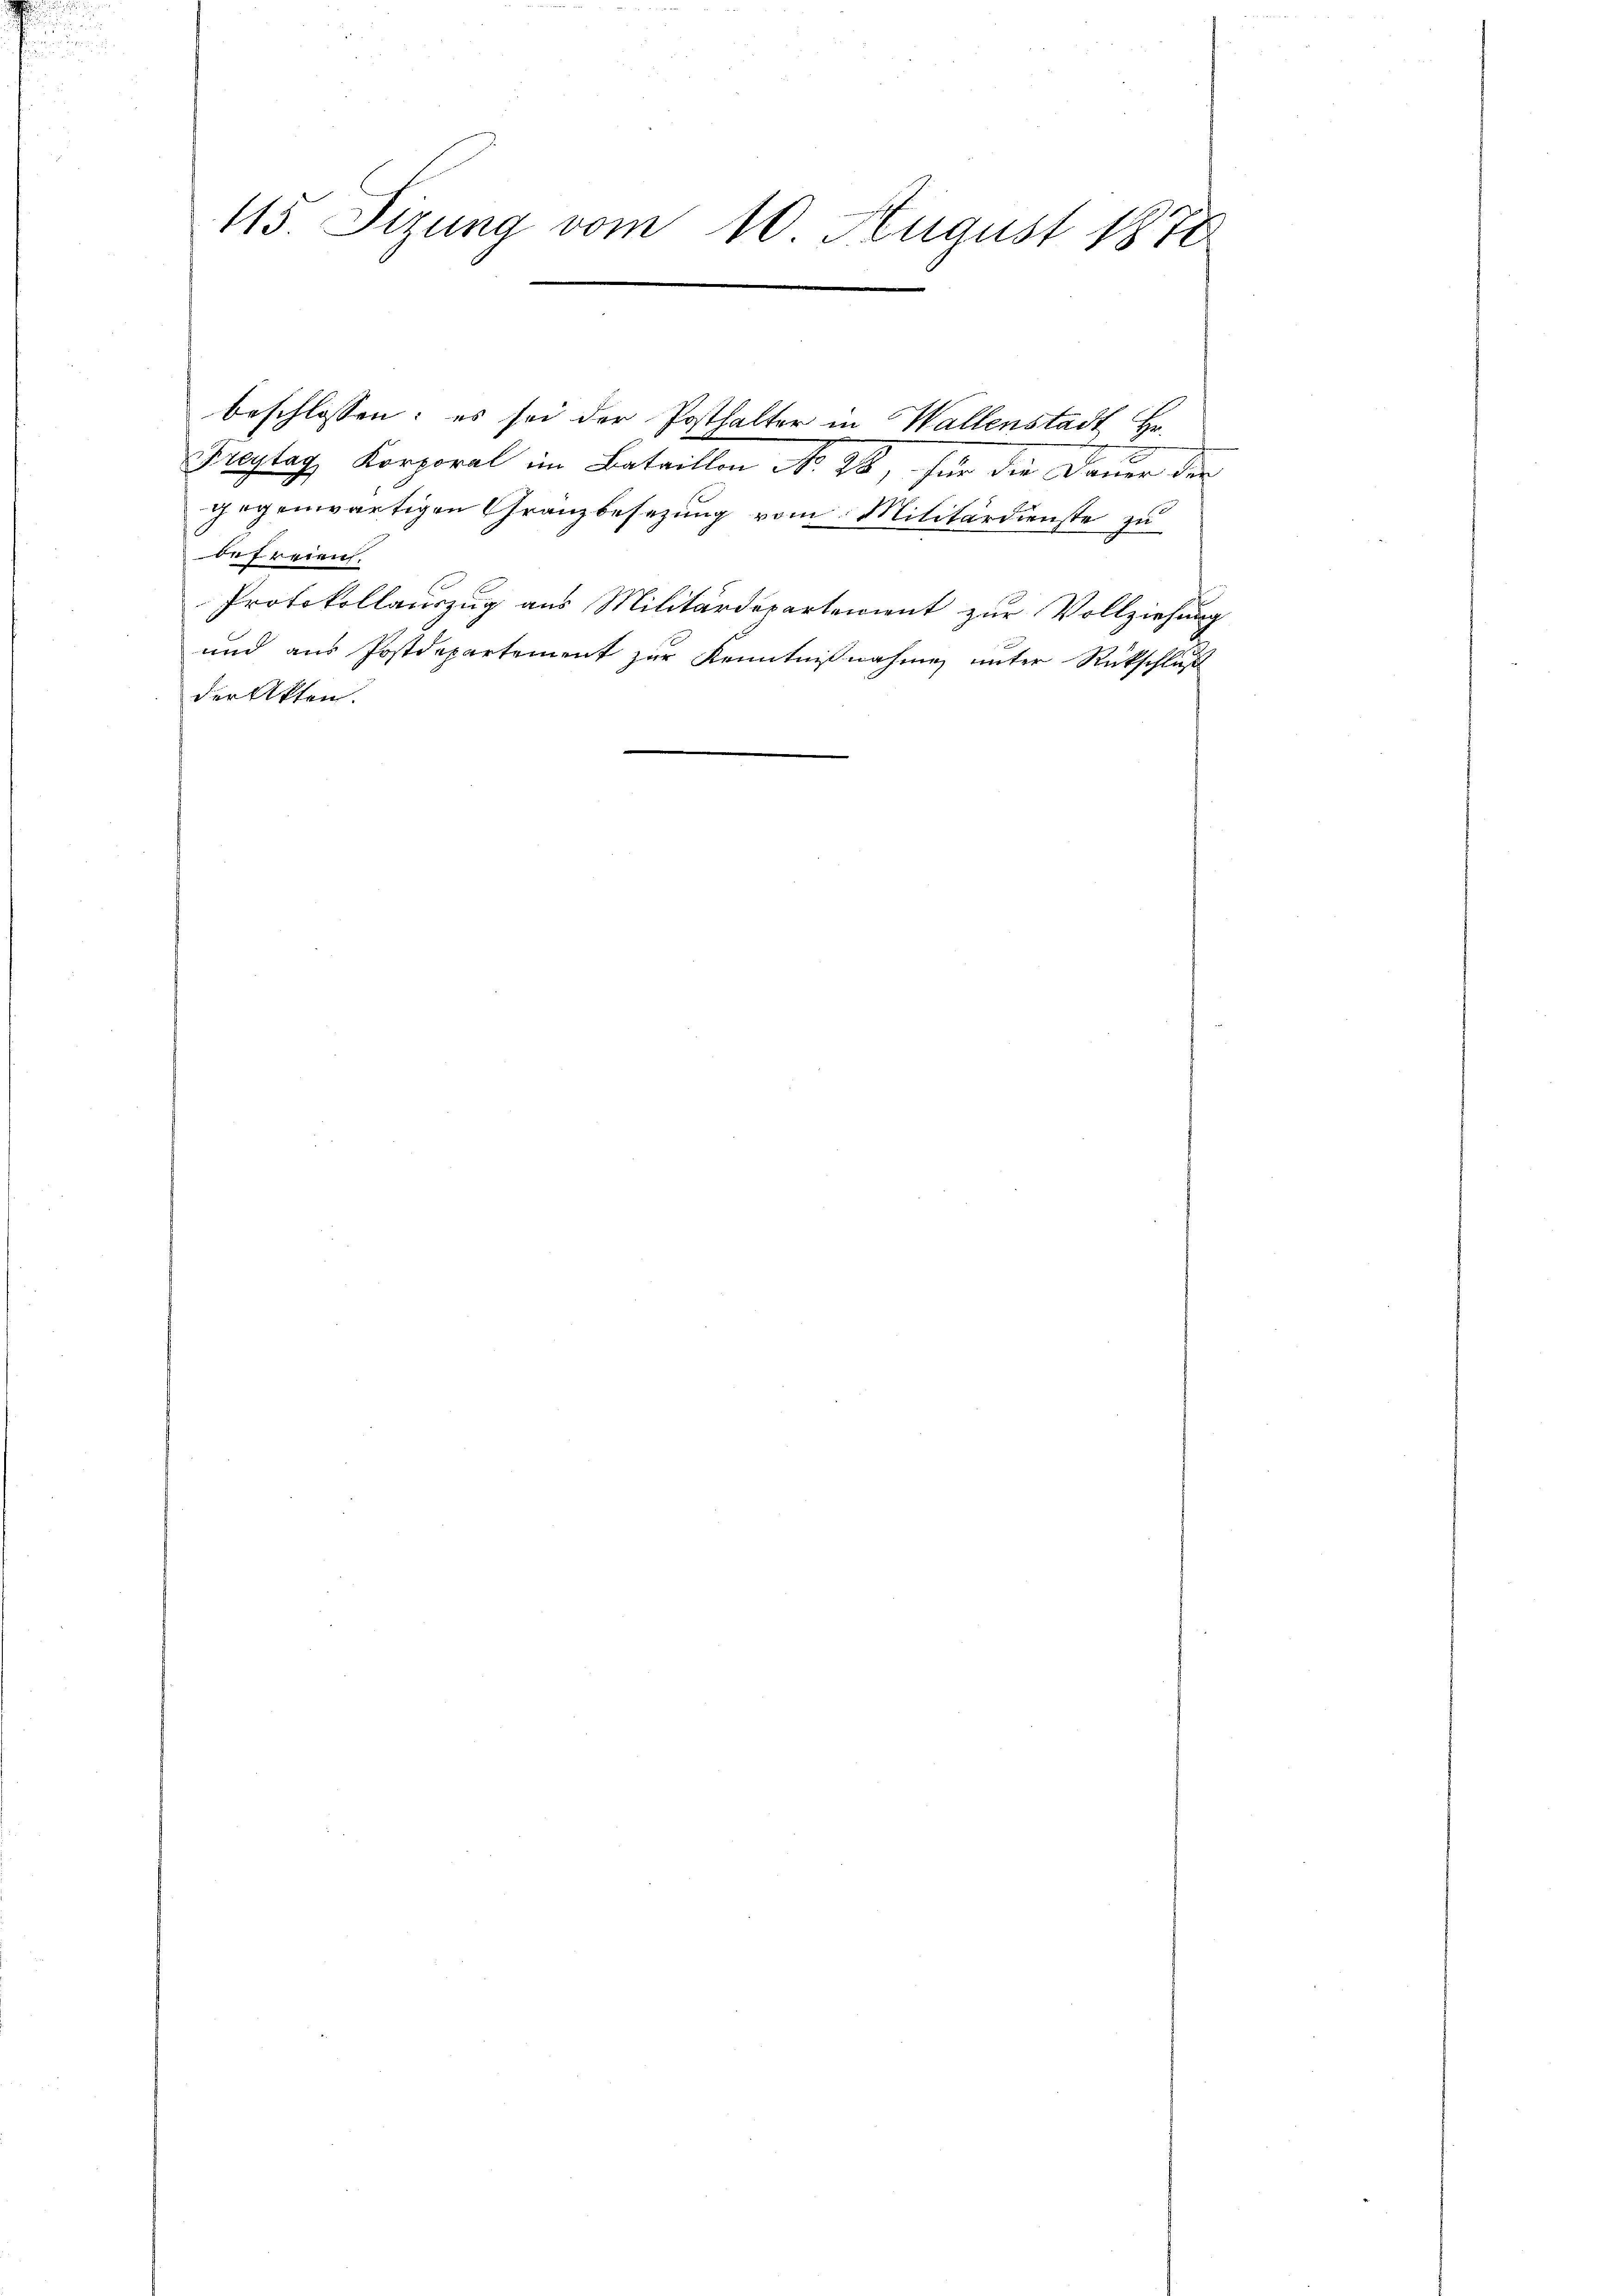
115. Sizung vom 10. August 1878

Freytag Korporal im Bataillon No 98, für die Dauer der
gegenwärtigen Gränzbesezung vom Militärdienste zu
befreien.
Protokollauszug aus Militärdepartement zur Vollziehung
und aus Postdepartement zur Kenntnißnahmen unter Rückschluß
der Akten.

beschlossen: es sei der Posthalter in Wallenstadt Hr.